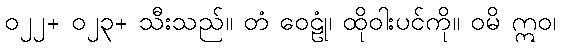
၀၂၂+ ၀၂၃+ သီးသည်။ တံ ဝေဠုံ၊ ထိုဝါးပင်ကို။ ဝမိ ဣဝ၊